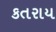
કતરાય